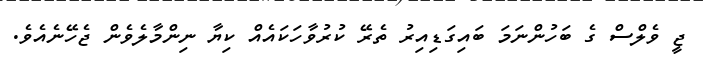
ޖީ ވެލްސް ގެ ބަހުންނަމަ ބައިގަޑިއިރު ތެރޭ ކުރުވާހަކައެއް ކިޔާ ނިންމާލެވެން ޖެހޭނެއެވެ.